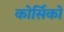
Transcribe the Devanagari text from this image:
कोर्सिको